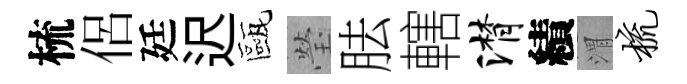
梳侶廷迟甌瑩胠轄潸績渭梳